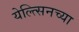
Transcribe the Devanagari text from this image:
येल्त्सिनच्या